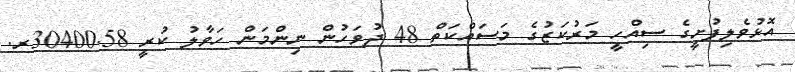
އޮޅުވެލިފުށީގެ ސިއްހީ މަރުކަޒުގެ މަސައްކަތް 48 ދުވަހުން ނިންމަން ހަވާލު ކުރީ 30400.58ރ.